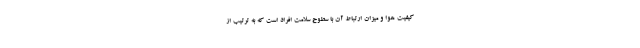
کیفیت هوا و میزان ارتباط آن با سطوح سلامت افراد است که به ترتیب از